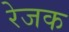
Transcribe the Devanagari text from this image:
रेजक